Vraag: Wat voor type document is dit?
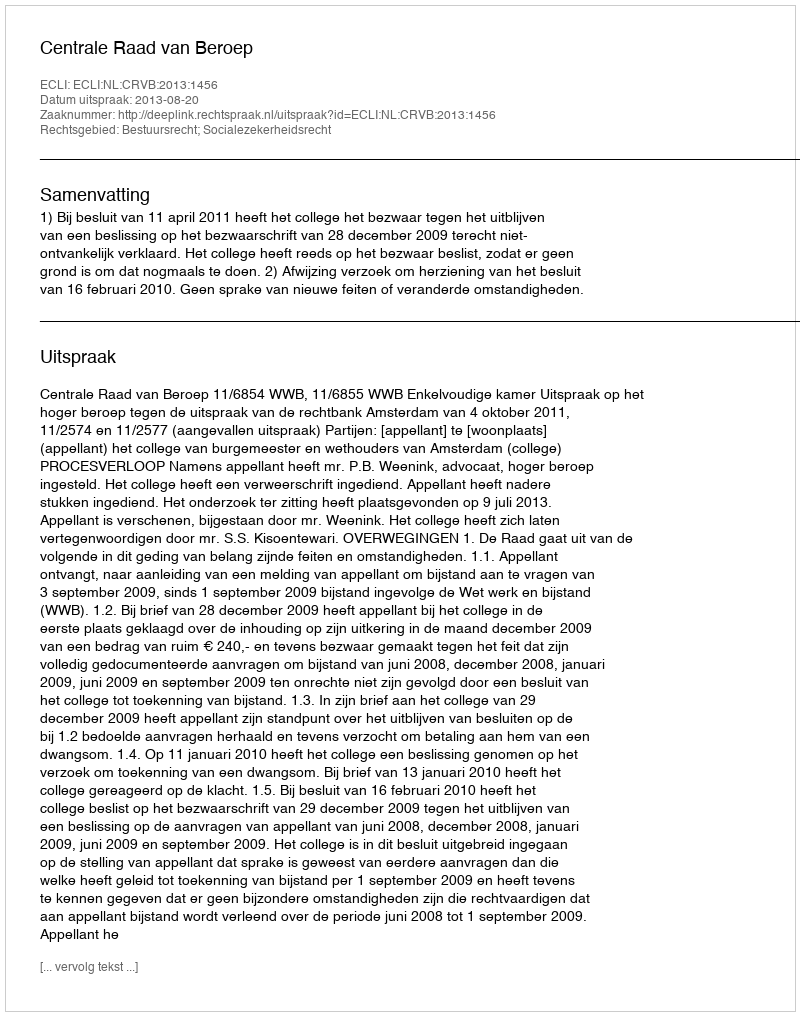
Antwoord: Uitspraak